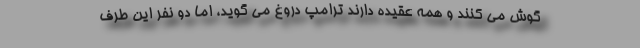
گوش می کنند و همه عقیده دارند ترامپ دروغ می گوید، اما دو نفر این طرف